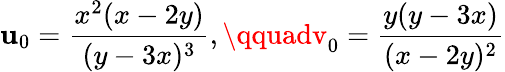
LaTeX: \mathbf{u}_{0}=\frac{{x^{2}(x-2y)}}{{(y-3x)^{3}}},\qquadv_{0}=\frac{{y(y-3x)}}{{(x-2y)^{2}}}